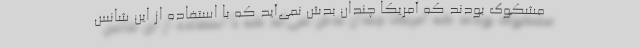
مشکوک بودند که آمریکا چندان بدش نمی‌آید که با استفاده از این شانس